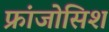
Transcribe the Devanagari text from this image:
फ्रांजोसिश